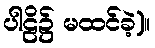
ပါဠိ၌ မထင်ခဲ့)။